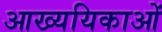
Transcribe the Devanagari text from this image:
आख्ययिकाओं